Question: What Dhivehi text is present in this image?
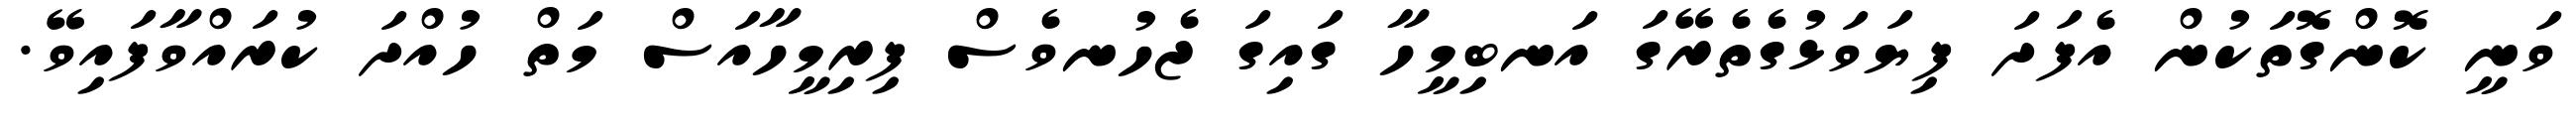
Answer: ވަނީ ކޮންގޮތަކުން އެފަދަ ފިޔަވަޅުގެތެރޭގަ އަނބިމީހާ ގައިގަ ޖެހުނވެސް ފިރިމީހާއަސް މަތް ހުއްދަ ކުރައްވާފައިވޭ.